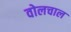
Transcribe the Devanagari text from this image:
वोलचाल